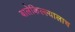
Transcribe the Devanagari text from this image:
बालेकिल्ल्यालाच